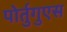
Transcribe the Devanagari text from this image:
पोर्तुगुएस